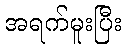
အရက်မူးပြီး